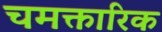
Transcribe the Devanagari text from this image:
चमक्तारिक